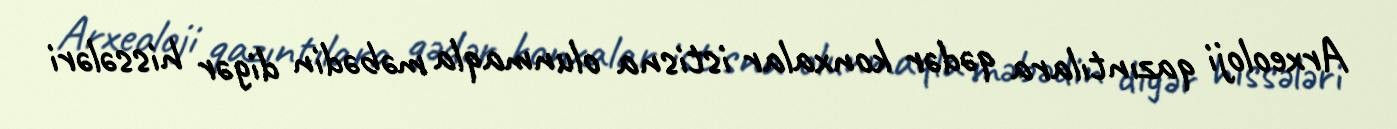
Arxeoloji qazıntılara qədər konxalar istisna olunmaqla məbədin digər hissələri